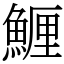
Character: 䱳